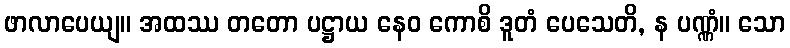
ဖာလာပေယျ။ အထဿ တတော ပဋ္ဌာယ နေဝ ကောစိ ဒူတံ ပေသေတိ, န ပဏ္ဏံ။ သော